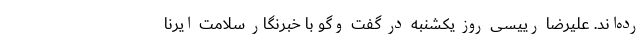
رده‌اند. علیرضا رییسی روز یکشنبه در گفت ‌وگو با خبرنگار سلامت ایرنا